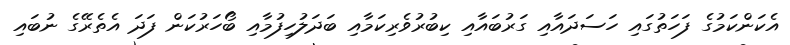
އެކަންކަމުގެ ފަހަތުގައި ހަސަދައާއި ގަރުބައާއި ކިބުރުވެރިކަމާއި ބަދަލުހިފުމާއި ބޯހަރުކަން ފަދަ އެތެރޭގެ ނުބައި